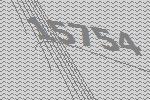
15754